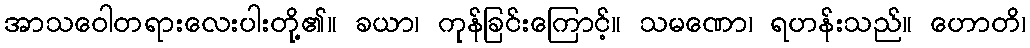
အာသဝေါတရားလေးပါးတို့၏။ ခယာ၊ ကုန်ခြင်းကြောင့်။ သမဏော၊ ရဟန်းသည်။ ဟောတိ၊